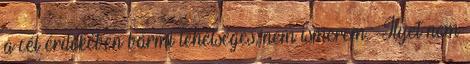
a cél érdekében bármi lehetséges, nem ismerem. -Ilyet nem